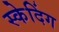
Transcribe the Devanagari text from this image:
स्केदिंग